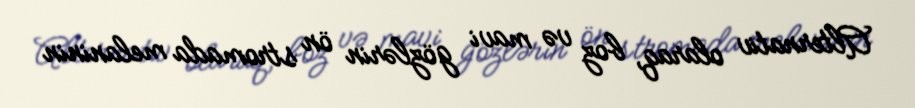
Alternativ olaraq, boz və mavi gözlərin ön stromada melaninin